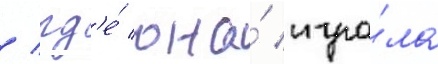
/ гд'е́ она́ игра́ла